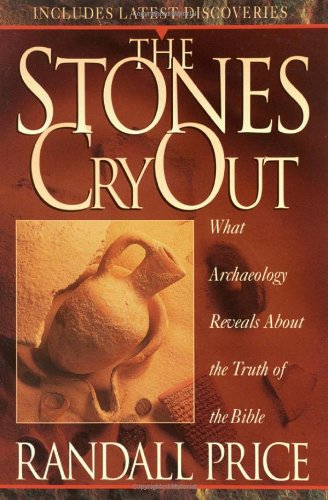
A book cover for The Stones Cry Out: What Archaeology Reveals About the Truth of the Bible; Randall Price; Science & Math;